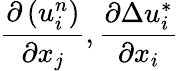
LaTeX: \frac{\partial\left(u_{i}^{n}\right)}{\partial{{x}_{j}}},\frac{\partial\Delta u_{i}^{*}}{\partial{{x}_{i}}}